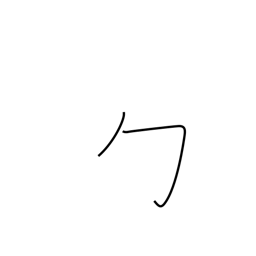
Meaning: wrapping radical (no. 20)